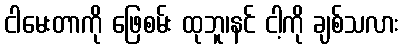
ငါမေးတာကို ဖြေစမ်း ထုဘူ၊နင် ငါ့ကို ချစ်သလား